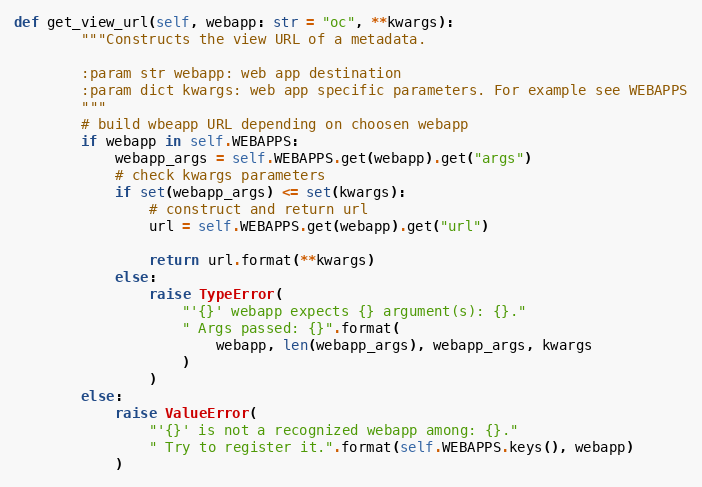
Language: Python
def get_view_url(self, webapp: str = "oc", **kwargs):
        """Constructs the view URL of a metadata.

        :param str webapp: web app destination
        :param dict kwargs: web app specific parameters. For example see WEBAPPS
        """
        # build wbeapp URL depending on choosen webapp
        if webapp in self.WEBAPPS:
            webapp_args = self.WEBAPPS.get(webapp).get("args")
            # check kwargs parameters
            if set(webapp_args) <= set(kwargs):
                # construct and return url
                url = self.WEBAPPS.get(webapp).get("url")

                return url.format(**kwargs)
            else:
                raise TypeError(
                    "'{}' webapp expects {} argument(s): {}."
                    " Args passed: {}".format(
                        webapp, len(webapp_args), webapp_args, kwargs
                    )
                )
        else:
            raise ValueError(
                "'{}' is not a recognized webapp among: {}."
                " Try to register it.".format(self.WEBAPPS.keys(), webapp)
            )